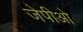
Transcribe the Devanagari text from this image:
जेपीओ